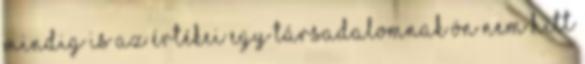
mindig is az értékei egy társadalomnak Ön nem hitt